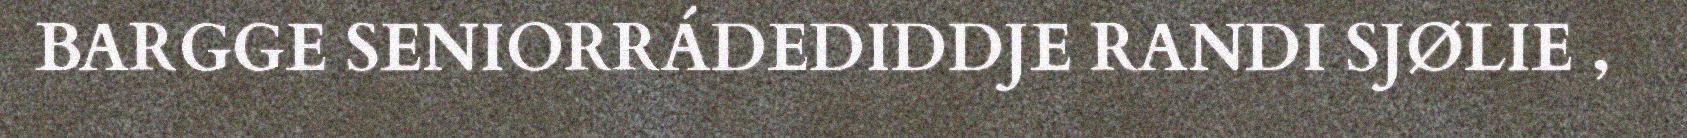
BARGGE SENIORRÁDEDIDDJE RANDI SJØLIE ,